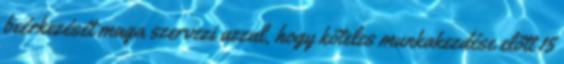
beérkezését maga szervezi azzal, hogy köteles munkakezdése előtt 15